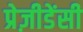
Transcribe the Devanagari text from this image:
प्रेज़ीडेंसी